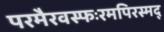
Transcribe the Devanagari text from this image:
परमैरवस्फःरमपिरस्मद्